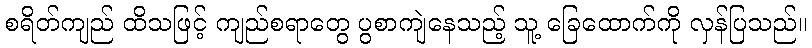
စရိတ်ကျည် ထိသဖြင့် ကျည်စရာတွေ ပွစာကျဲနေသည့် သူ့ ခြေထောက်ကို လှန်ပြသည်။